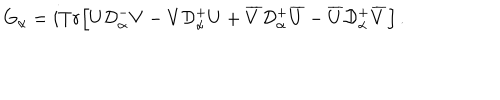
LaTeX: G _ { \alpha } = i T r \Big [ U { \cal D } _ { \alpha } ^ { - } V - V { \cal D } _ { \alpha } ^ { + } U + \overline { { V } } { \cal D } _ { \alpha } ^ { + } \overline { { U } } - \overline { { U } } { \cal D } _ { \alpha } ^ { + } \overline { { V } } \Big ] \, .